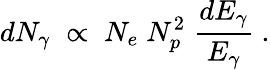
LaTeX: dN_{\gamma}\; \propto\; N_{e}\; N_{p}^{2}\; {\frac{dE_{\gamma}}{E_{\gamma}}}\ .